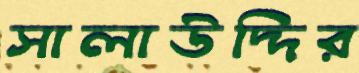
সালাউদ্দির